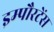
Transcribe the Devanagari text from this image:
इम्पौरटेंस